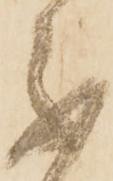
不